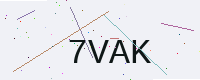
Text: 7VAK